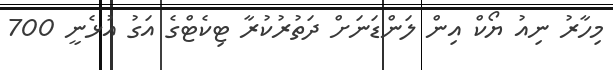
މިހާރު ނިއު ޔޯކް އިން ލަންޑަނަށް ދަތުރުކުރާ ޓިކެޓްގެ އަގު އުޅެނީ 700